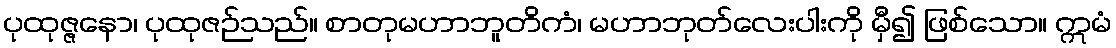
ပုထုဇ္ဇနော၊ ပုထုဇဉ်သည်။ စာတုမဟာဘူတိကံ၊ မဟာဘုတ်လေးပါးကို မှီ၍ ဖြစ်သော။ ဣမံ